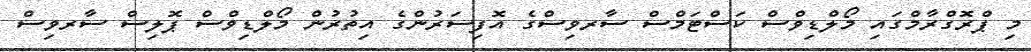
މި ޕްރޮގްރާމްގައި މޯލްޑިވްސް ކަސްޓަމްސް ސާރވިސްގެ އޮފިސަރުންގެ އިތުރުން މޯލްޑިވްސް ޕޮލިސް ސާރވިސް